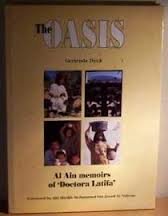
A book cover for The Oasis; Gertrude Dyck; History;